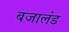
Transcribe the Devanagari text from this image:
बजालंड